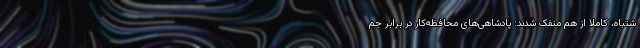
شتباه، کاملاً از هم منفک شدند: پادشاهی‌های محافظه‌کار در برابر جم